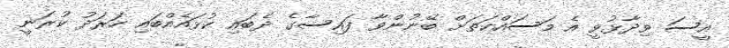
އީސަ ވިދާޅުވީ އެ މަސައްކަތަށް ބޭނުންވާ ފައިސާގެ ދެބައި ކުޅައެއްބައި ހަރަދު ކުރަނީ